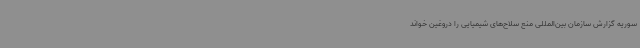
سوریه گزارش سازمان بین‌المللی منع سلاح‌های شیمیایی را دروغین خواند